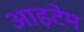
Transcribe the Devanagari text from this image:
आइटेम